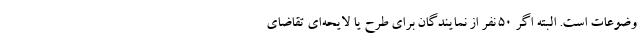
وضوعات است. البته اگر ۵۰ نفر از نمایندگان برای طرح یا لایحه‌ای تقاضای